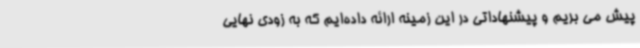
پیش می بریم و پیشنهاداتی در این زمینه ارائه داده‌ایم که به زودی نهایی